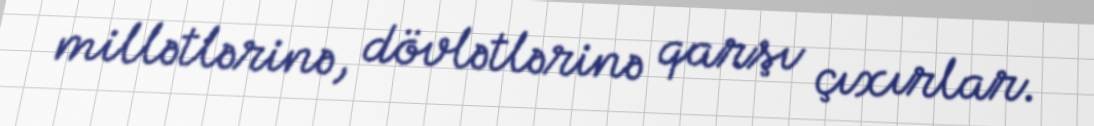
millətlərinə, dövlətlərinə qarşı çıxırlar.